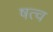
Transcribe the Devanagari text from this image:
षत्व